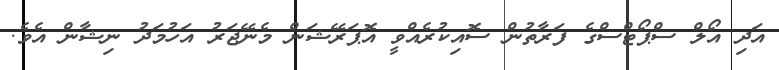
އަދި އޯލް ސްޕޯޓްސްގެ ފަރާތުން ސޮއިކުރެއްވީ އޮޕަރޭޝަން މެނޭޖަރު އަހުމަދު ނިޝާން އެވެ.